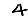
Digit: 4